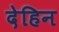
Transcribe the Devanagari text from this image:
देहिन